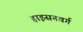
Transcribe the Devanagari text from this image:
हाइसनवर्ग